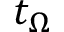
t _ { \Omega }